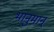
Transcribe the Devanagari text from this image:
भानुमान्